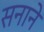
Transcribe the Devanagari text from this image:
सनाने